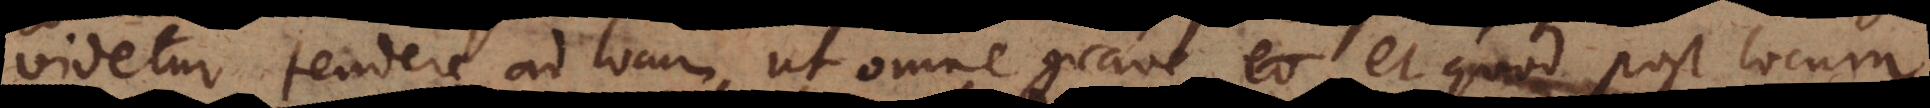
videtur tendere ad locum ut omne grave, et quod post locum